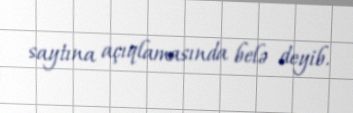
saytına açıqlamasında belə deyib.